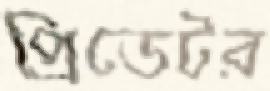
প্রিডেটর